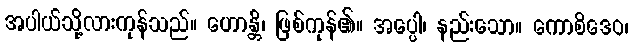
အပါယ်သို့လားကုန်သည်။ ဟောန္တိ၊ ဖြစ်ကုန်၏။ အပ္ပေါ၊ နည်းသော။ ကောစိဒေဝ၊